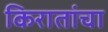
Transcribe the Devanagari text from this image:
किरातांचा